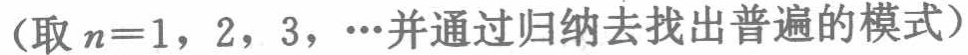
小盒子装 5 个，恰好装完。如果弹子数为 99，盒子数大